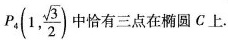
P_{4}（1，\frac { \sqrt { 3 } } { 2 } ）中恰有三点在椭圆 C 上.